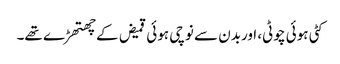
کٹی ہوئی چوٹی، اوربدن سے نوچی ہوئی قمیض کے چھتھڑے تھے۔